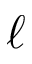
\ell